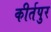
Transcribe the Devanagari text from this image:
कीर्तपुर